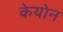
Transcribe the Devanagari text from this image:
केयोन